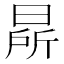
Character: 㫹